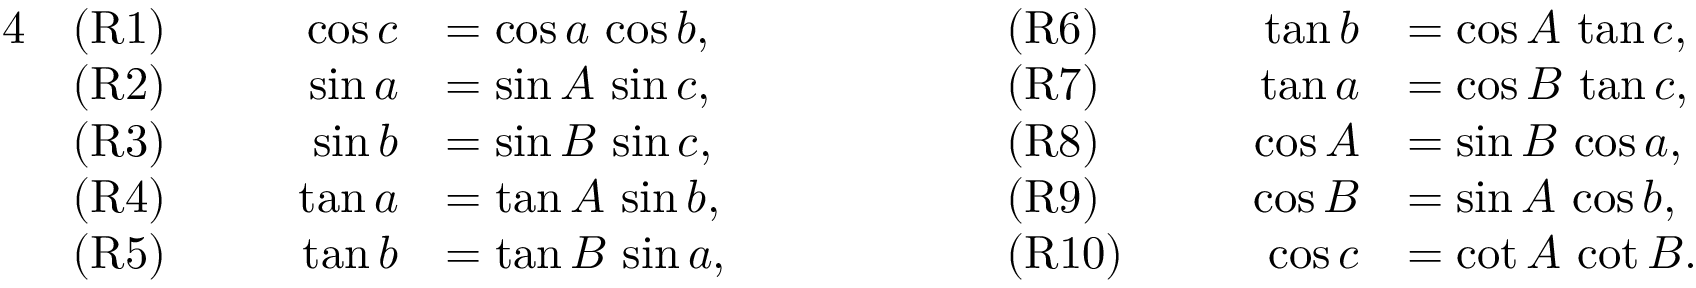
{ \begin{array} { r l r l r l r l } { { 4 } } & { { \mathrm { ( R 1 ) } } } & { \qquad \cos c } & { = \cos a \, \cos b , } & { \qquad \qquad } & { { \mathrm { ( R 6 ) } } } & { \qquad \tan b } & { = \cos A \, \tan c , } \\ & { { \mathrm { ( R 2 ) } } } & { \sin a } & { = \sin A \, \sin c , } & & { { \mathrm { ( R 7 ) } } } & { \tan a } & { = \cos B \, \tan c , } \\ & { { \mathrm { ( R 3 ) } } } & { \sin b } & { = \sin B \, \sin c , } & & { { \mathrm { ( R 8 ) } } } & { \cos A } & { = \sin B \, \cos a , } \\ & { { \mathrm { ( R 4 ) } } } & { \tan a } & { = \tan A \, \sin b , } & & { { \mathrm { ( R 9 ) } } } & { \cos B } & { = \sin A \, \cos b , } \\ & { { \mathrm { ( R 5 ) } } } & { \tan b } & { = \tan B \, \sin a , } & & { { \mathrm { ( R 1 0 ) } } } & { \cos c } & { = \cot A \, \cot B . } \end{array} }